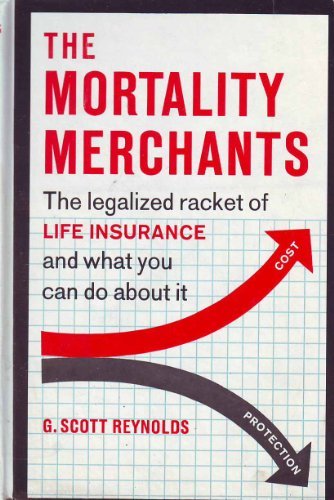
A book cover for The Mortality Merchants,; G. Scott. Reynolds; Business & Money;